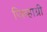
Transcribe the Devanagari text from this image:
जिव्हाग्री